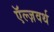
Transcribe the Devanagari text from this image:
ऍल्ज़वर्थ